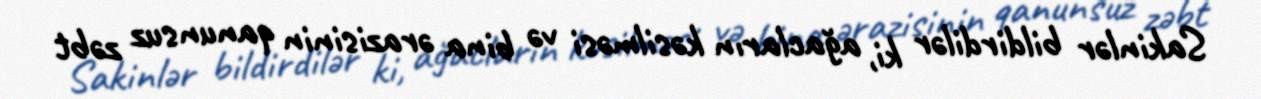
Sakinlər bildirdilər ki, ağacların kəsilməsi və bina ərazisinin qanunsuz zəbt